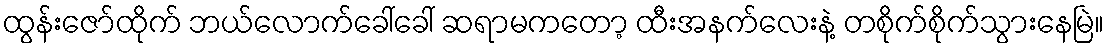
ထွန်းဇော်ထိုက် ဘယ်လောက်ခေါ်ခေါ် ဆရာမကတော့ ထီးအနက်လေးနဲ့ တစိုက်စိုက်သွားနေမြဲ။